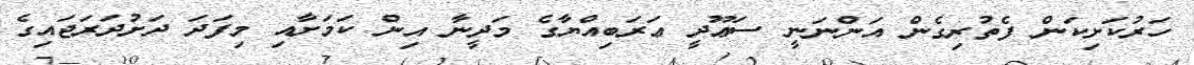
ހަރުކަށިކަން ފެތުރިގެން އަންނަނީ ސަޢޫދީ ޢަރަބިއްޔާގެ މަދީނާ އިން ކަމަށާއި މިފަދަ ދަށުދަރަޖައިގެ